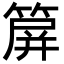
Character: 箳